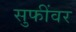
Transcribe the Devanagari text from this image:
सुफींवर